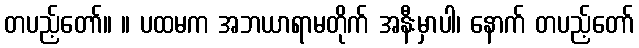
တပည့်တော်။ ။ ပထမက အဘယာရာမတိုက် အနီးမှာပါ၊ နောက် တပည့်တော်